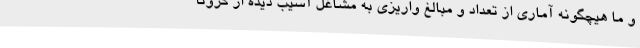
و ما هیچگونه آماری از تعداد و مبالغ واریزی به مشاغل آسیب دیده از کرونا